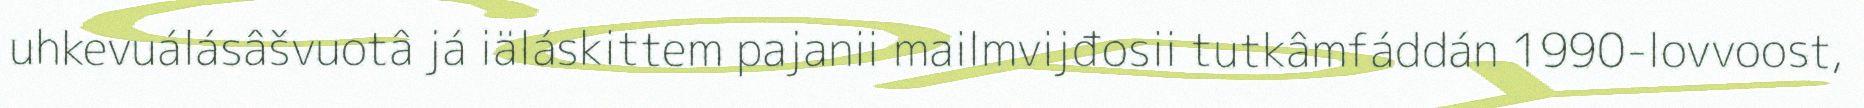
uhkevuálásâšvuotâ já iäláskittem pajanii mailmvijđosii tutkâmfáddán 1990-lovvoost,